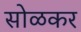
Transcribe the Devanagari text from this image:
सोळकर